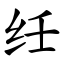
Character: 纴